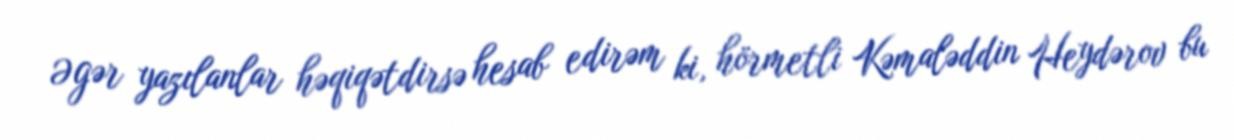
Əgər yazılanlar həqiqətdirsə hesab edirəm ki, hörmetli Kəmaləddin Heydərov bu